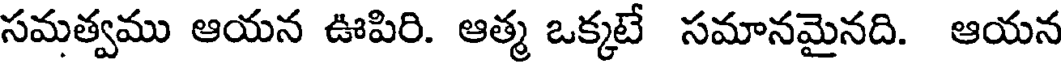
సమత్వము ఆయన ఊపిరి. ఆత్మ ఒక్కటే సమానమైనది. ఆయన